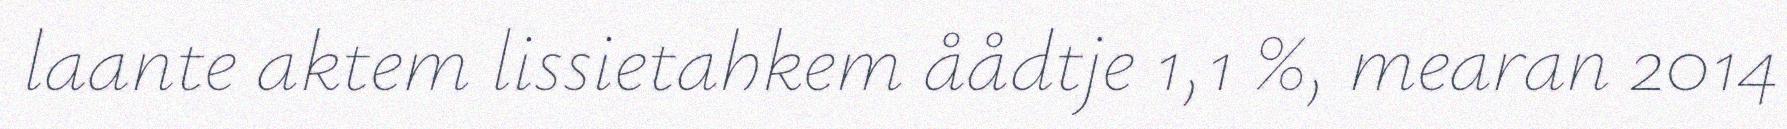
laante aktem lissietahkem åådtje 1,1 %, mearan 2014